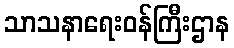
သာသနာရေးဝန်ကြီးဌာန